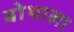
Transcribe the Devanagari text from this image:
बोथाला